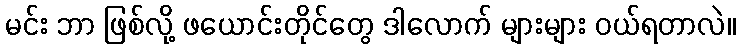
မင်း ဘာ ဖြစ်လို့ ဖယောင်းတိုင်တွေ ဒါလောက် များများ ဝယ်ရတာလဲ။